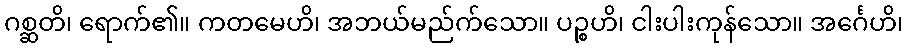
ဂစ္ဆတိ၊ ရောက်၏။ ကတမေဟိ၊ အဘယ်မည်က်သော။ ပဉ္စဟိ၊ ငါးပါးကုန်သော။ အင်္ဂေဟိ၊